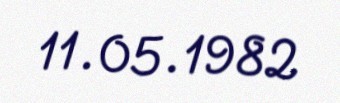
11.05.1982